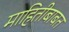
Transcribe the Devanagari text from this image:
माहितीबाबत